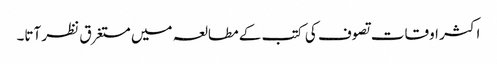
اکثر اوقات تصوف کی کتب کے مطالعہ میں مستغرق نظر آتا۔